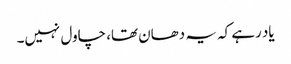
یاد رہے کہ یہ دھان تھا، چاول نہیں۔